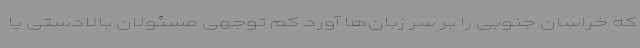
که خراسان جنوبی را بر سر زبان‌ها آورد کم توجهی مسئولان بالادستی یا